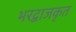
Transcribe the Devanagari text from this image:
भरद्वाजकृत